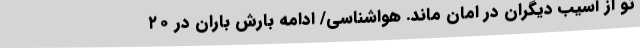
تو از آسیب دیگران در امان ماند. هواشناسی/ ادامه بارش باران در ۲۰